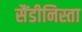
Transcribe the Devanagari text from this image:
सैंडीनिस्ता